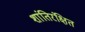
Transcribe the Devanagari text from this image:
शांतिरंक्षित